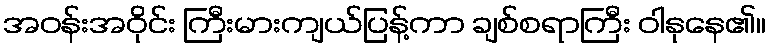
အဝန်းအဝိုင်း ကြီးမားကျယ်ပြန့်ကာ ချစ်စရာကြီး ဝါနုနေ၏။